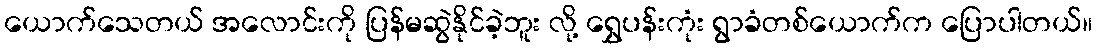
ယောက်သေတယ် အလောင်းကို ပြန်မဆွဲနိုင်ခဲ့ဘူး လို့ ရွှေပန်းကုံး ရွာခံတစ်ယောက်က ပြောပါတယ်။